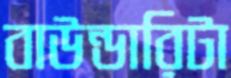
বাউন্ডারিটা